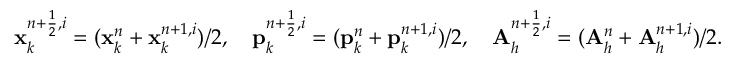
{ \mathbf x } _ { k } ^ { n + \frac { 1 } { 2 } , i } = ( { \mathbf x } _ { k } ^ { n } + { \mathbf x } _ { k } ^ { n + 1 , i } ) / 2 , \quad { \mathbf p } _ { k } ^ { n + \frac { 1 } { 2 } , i } = ( { \mathbf p } _ { k } ^ { n } + { \mathbf p } _ { k } ^ { n + 1 , i } ) / 2 , \quad { \mathbf A } _ { h } ^ { n + \frac { 1 } { 2 } , i } = ( { \mathbf A } _ { h } ^ { n } + { \mathbf A } _ { h } ^ { n + 1 , i } ) / 2 .